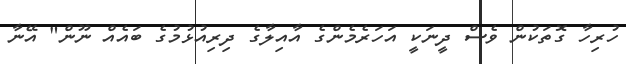
ހުރިހާ ގޮތަކުން ވެސް ދީނަކީ އަހަރެމެންގެ އާއިލާގެ ދިރިއުޅުމުގެ ބައެއް ނޫން" އޭނާ